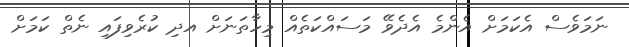
ނަމަވެސް އެކަމަށް އެންމެ އެދެވޭ މަސައްކަތެއް މިހާތަނަށް އދި ކުރެވިފައި ނެތް ކަމަށް